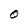
Character: O